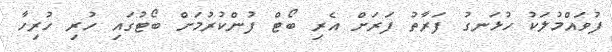
ފުވައްމުލަކު ހުޅަނގު ފަރާތު ފަރަށް އެރި ބޯޓް ފުންކުރުމަށް ބޯޓުގައި ހުރި ހުރިހާ